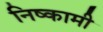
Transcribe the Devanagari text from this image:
निष्कामी